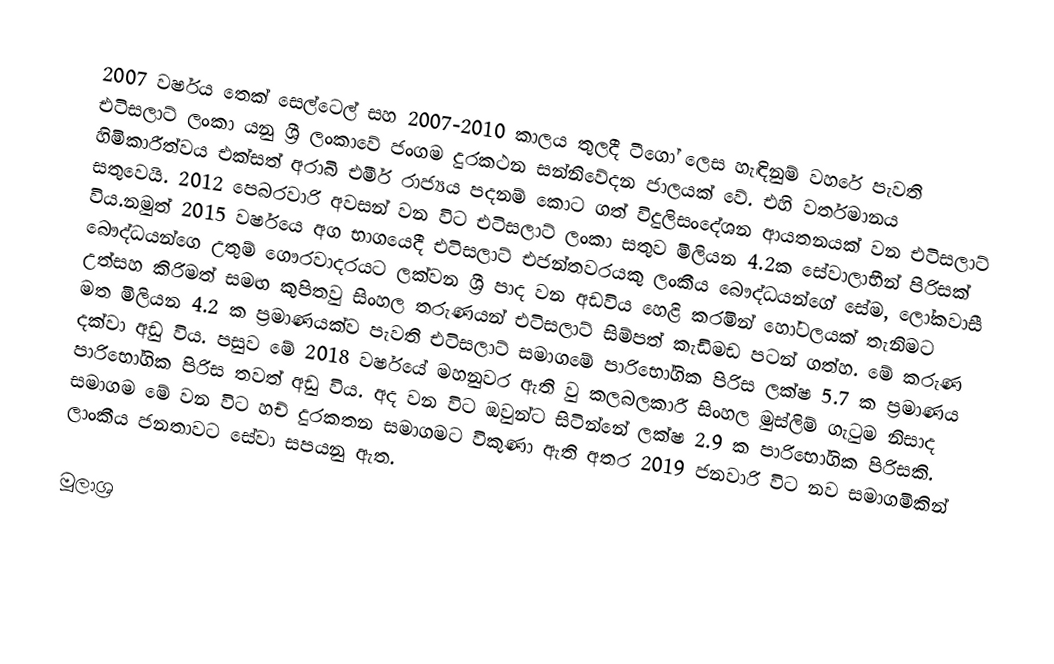
2007 වර්ෂය තෙක් සෙල්ටෙල් සහ 2007-2010 කාලය තුලදී ටීගෝ ලෙස හැඳිනුම් වහරේ පැවති එටිසලාට් ලංකා යනු ශ්‍රී ලංකාවේ ජංගම දුරකථන සන්නිවේදන ජාලයක් වේ. එහි වර්තමානය හිමිකාරීත්වය එක්සත් අරාබි එමීර් රාජ්‍යය පදනම් කොට ගත් විදුලිසංදේශන ආයතනයක් වන එටිසලාට් සතුවෙයි. 2012 පෙබරවාරි අවසන් වන විට එටිසලාට් ලංකා සතුව මිලියන 4.2ක සේවාලාභීන් පිරිසක් විය.නමුත් 2015 වර්ෂයෙ අග භාගයෙදී එටිසලාට් එජන්තවරයකු ලංකීය බෞද්ධයන්ගේ සේම, ලෝකවාසී බෞද්ධයන්ගෙ උතුම් ගෞරවාදරයට ලක්වන ශ්‍රී පාද වන අඩවිය හෙළි කරමින් හෝටලයක් තැනිමට උත්සහ කිරිමත් සමඟ කුපිතවු සිංහල තරුණයන් එටිසලාට් සිම්පත් කැඩිමඩ පටන් ගත්හ. මේ කරුණ මත මිලියන 4.2 ක ප්‍රමාණයක්ව පැවති එටිසලාට් සමාගමේ පාරිභෝගික පිරිස ලක්ෂ 5.7 ක ප්‍රමාණය දක්වා අඩු විය. පසුව මේ 2018 වර්ෂයේ මහනුවර ඇති වු කලබලකාරී සිංහල මුස්ලිම් ගැටුම නිසාද පාරිභෝගික පිරිස තවත් අඩු විය. අද වන විට ඔවුන්ට සිටින්නේ ලක්ෂ 2.9 ක පාරිභෝගික පිරිසකි. සමාගම මේ වන විට හච් දුරකතන සමාගමට විකුණා ඇති අතර 2019 ජනවාරි විට නව සමාගමිකින් ලාංකීය ජනතාවට සේවා සපයනු ඇත.

මූලාශ්‍ර